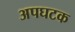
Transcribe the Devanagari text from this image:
अपघटक